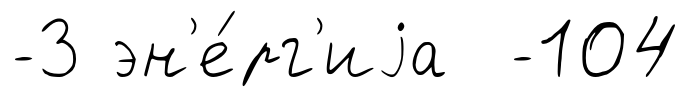
-3 эн'е́рг'иjа -104